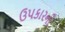
ઉપકારની